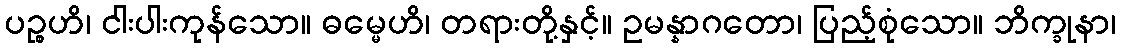
ပဉ္စဟိ၊ ငါးပါးကုန်သော။ ဓမ္မေဟိ၊ တရားတို့နှင့်။ ဥမန္နာဂတော၊ ပြည့်စုံသော။ ဘိက္ခုနာ၊